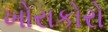
ખોરાકોરો